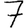
Digit: 7